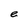
Character: e